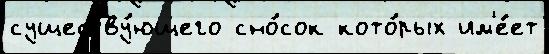
существу́ющего сно́сок кото́рых им'е́ет